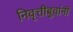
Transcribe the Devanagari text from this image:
निवृत्तीबुवांनी